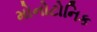
મોનોટોનિક